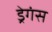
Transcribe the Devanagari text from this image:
ड्रेगंस